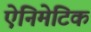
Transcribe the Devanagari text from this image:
ऐनिमेटिक